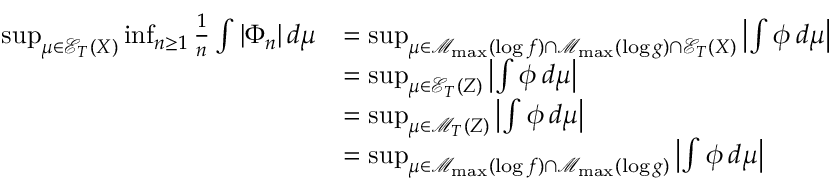
\begin{array} { r l } { \operatorname* { s u p } _ { \mu \in \mathcal { E } _ { T } ( X ) } \operatorname* { i n f } _ { n \geq 1 } \frac { 1 } { n } \int | \Phi _ { n } | \, d \mu } & { = \operatorname* { s u p } _ { \mu \in \mathcal { M } _ { \operatorname* { m a x } } ( \log f ) \cap \mathcal { M } _ { \operatorname* { m a x } } ( \log g ) \cap \mathcal { E } _ { T } ( X ) } \left| \int \phi \, d \mu \right| } \\ & { = \operatorname* { s u p } _ { \mu \in \mathcal { E } _ { T } ( Z ) } \left| \int \phi \, d \mu \right| } \\ & { = \operatorname* { s u p } _ { \mu \in \mathcal { M } _ { T } ( Z ) } \left| \int \phi \, d \mu \right| } \\ & { = \operatorname* { s u p } _ { \mu \in \mathcal { M } _ { \operatorname* { m a x } } ( \log f ) \cap \mathcal { M } _ { \operatorname* { m a x } } ( \log g ) } \left| \int \phi \, d \mu \right| } \end{array}